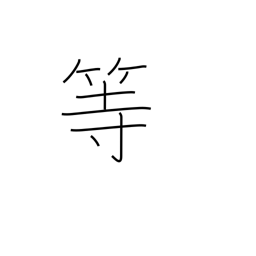
Meaning: etc.